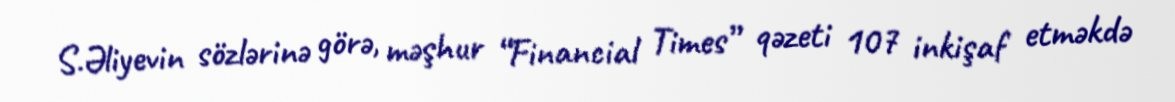
S.Əliyevin sözlərinə görə, məşhur “Financial Times” qəzeti 107 inkişaf etməkdə